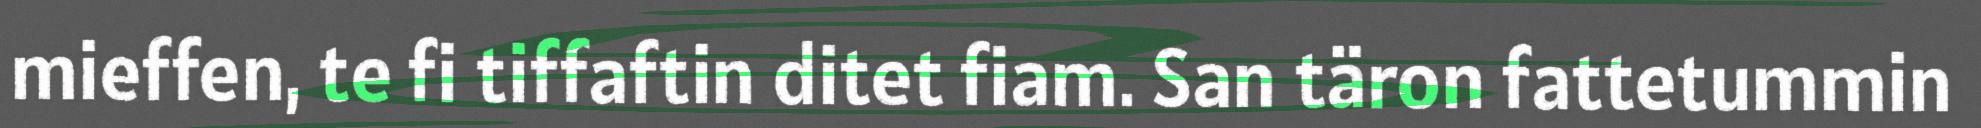
mieffen, te fi tiffaftin ditet fiam. San täron fattetummin